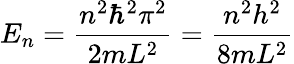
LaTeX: E_{n}={\frac{n^{2}\hbar^{2}\pi^{2}}{2mL^{2}}}={\frac{n^{2}h^{2}}{8mL^{2}}}